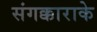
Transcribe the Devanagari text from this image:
संगक्काराके